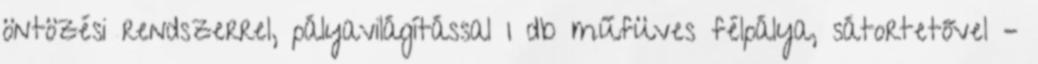
öntözési rendszerrel, pályavilágítással 1 db műfüves félpálya, sátortetővel –